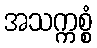
အသက္ကစ္စံ